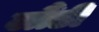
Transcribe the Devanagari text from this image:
लौंडी